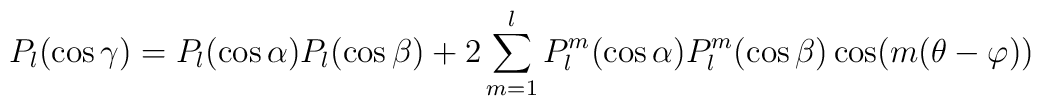
P_{l}(\cos\gamma)=P_{l}(\cos\alpha)P_{l}(\cos\beta) + 2\sum_{m=1}^{l}P_{l}^{m}(\cos\alpha)P_{l}^{m}(\cos\beta)\cos(m(\theta-\varphi))